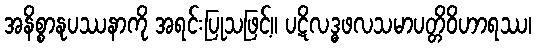
အနိစ္စာနုပဿနာကို အရင်းပြုသဖြင့်။ ပဋိလဒ္ဓဖလသမာပတ္တိဝိဟာရဿ၊